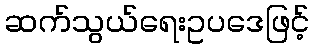
ဆက်သွယ်ရေးဥပဒေဖြင့်